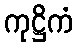
ကုဋ္ဌိကံ